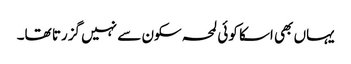
یہاں بھی اسکا کوئی لمحہ سکون سے نہیں گزرتا تھا۔